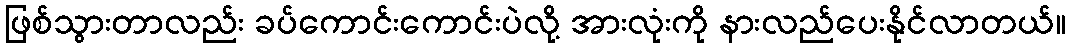
ဖြစ်သွားတာလည်း ခပ်ကောင်းကောင်းပဲလို့ အားလုံးကို နားလည်ပေးနိုင်လာတယ်။